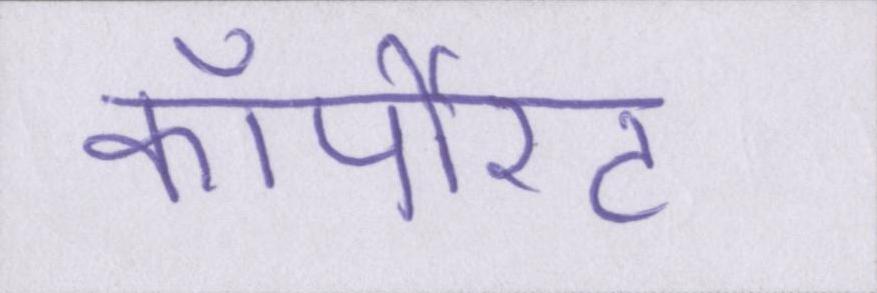
कॉर्पोरेट